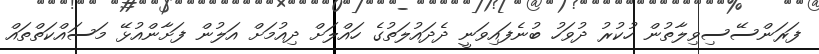
ފަރަންސޭސިވިލާތުން ހުކުރު ދުވަހު ބުނެފައިވަނީ ދެދައުލަތުގެ ހައްލަށް ދިއުމަށް އަލުން ފަށާންއުޅޭ މަސައްކަތްތައް